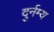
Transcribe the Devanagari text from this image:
दुर्नम्य